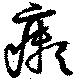
癩